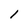
Character: l